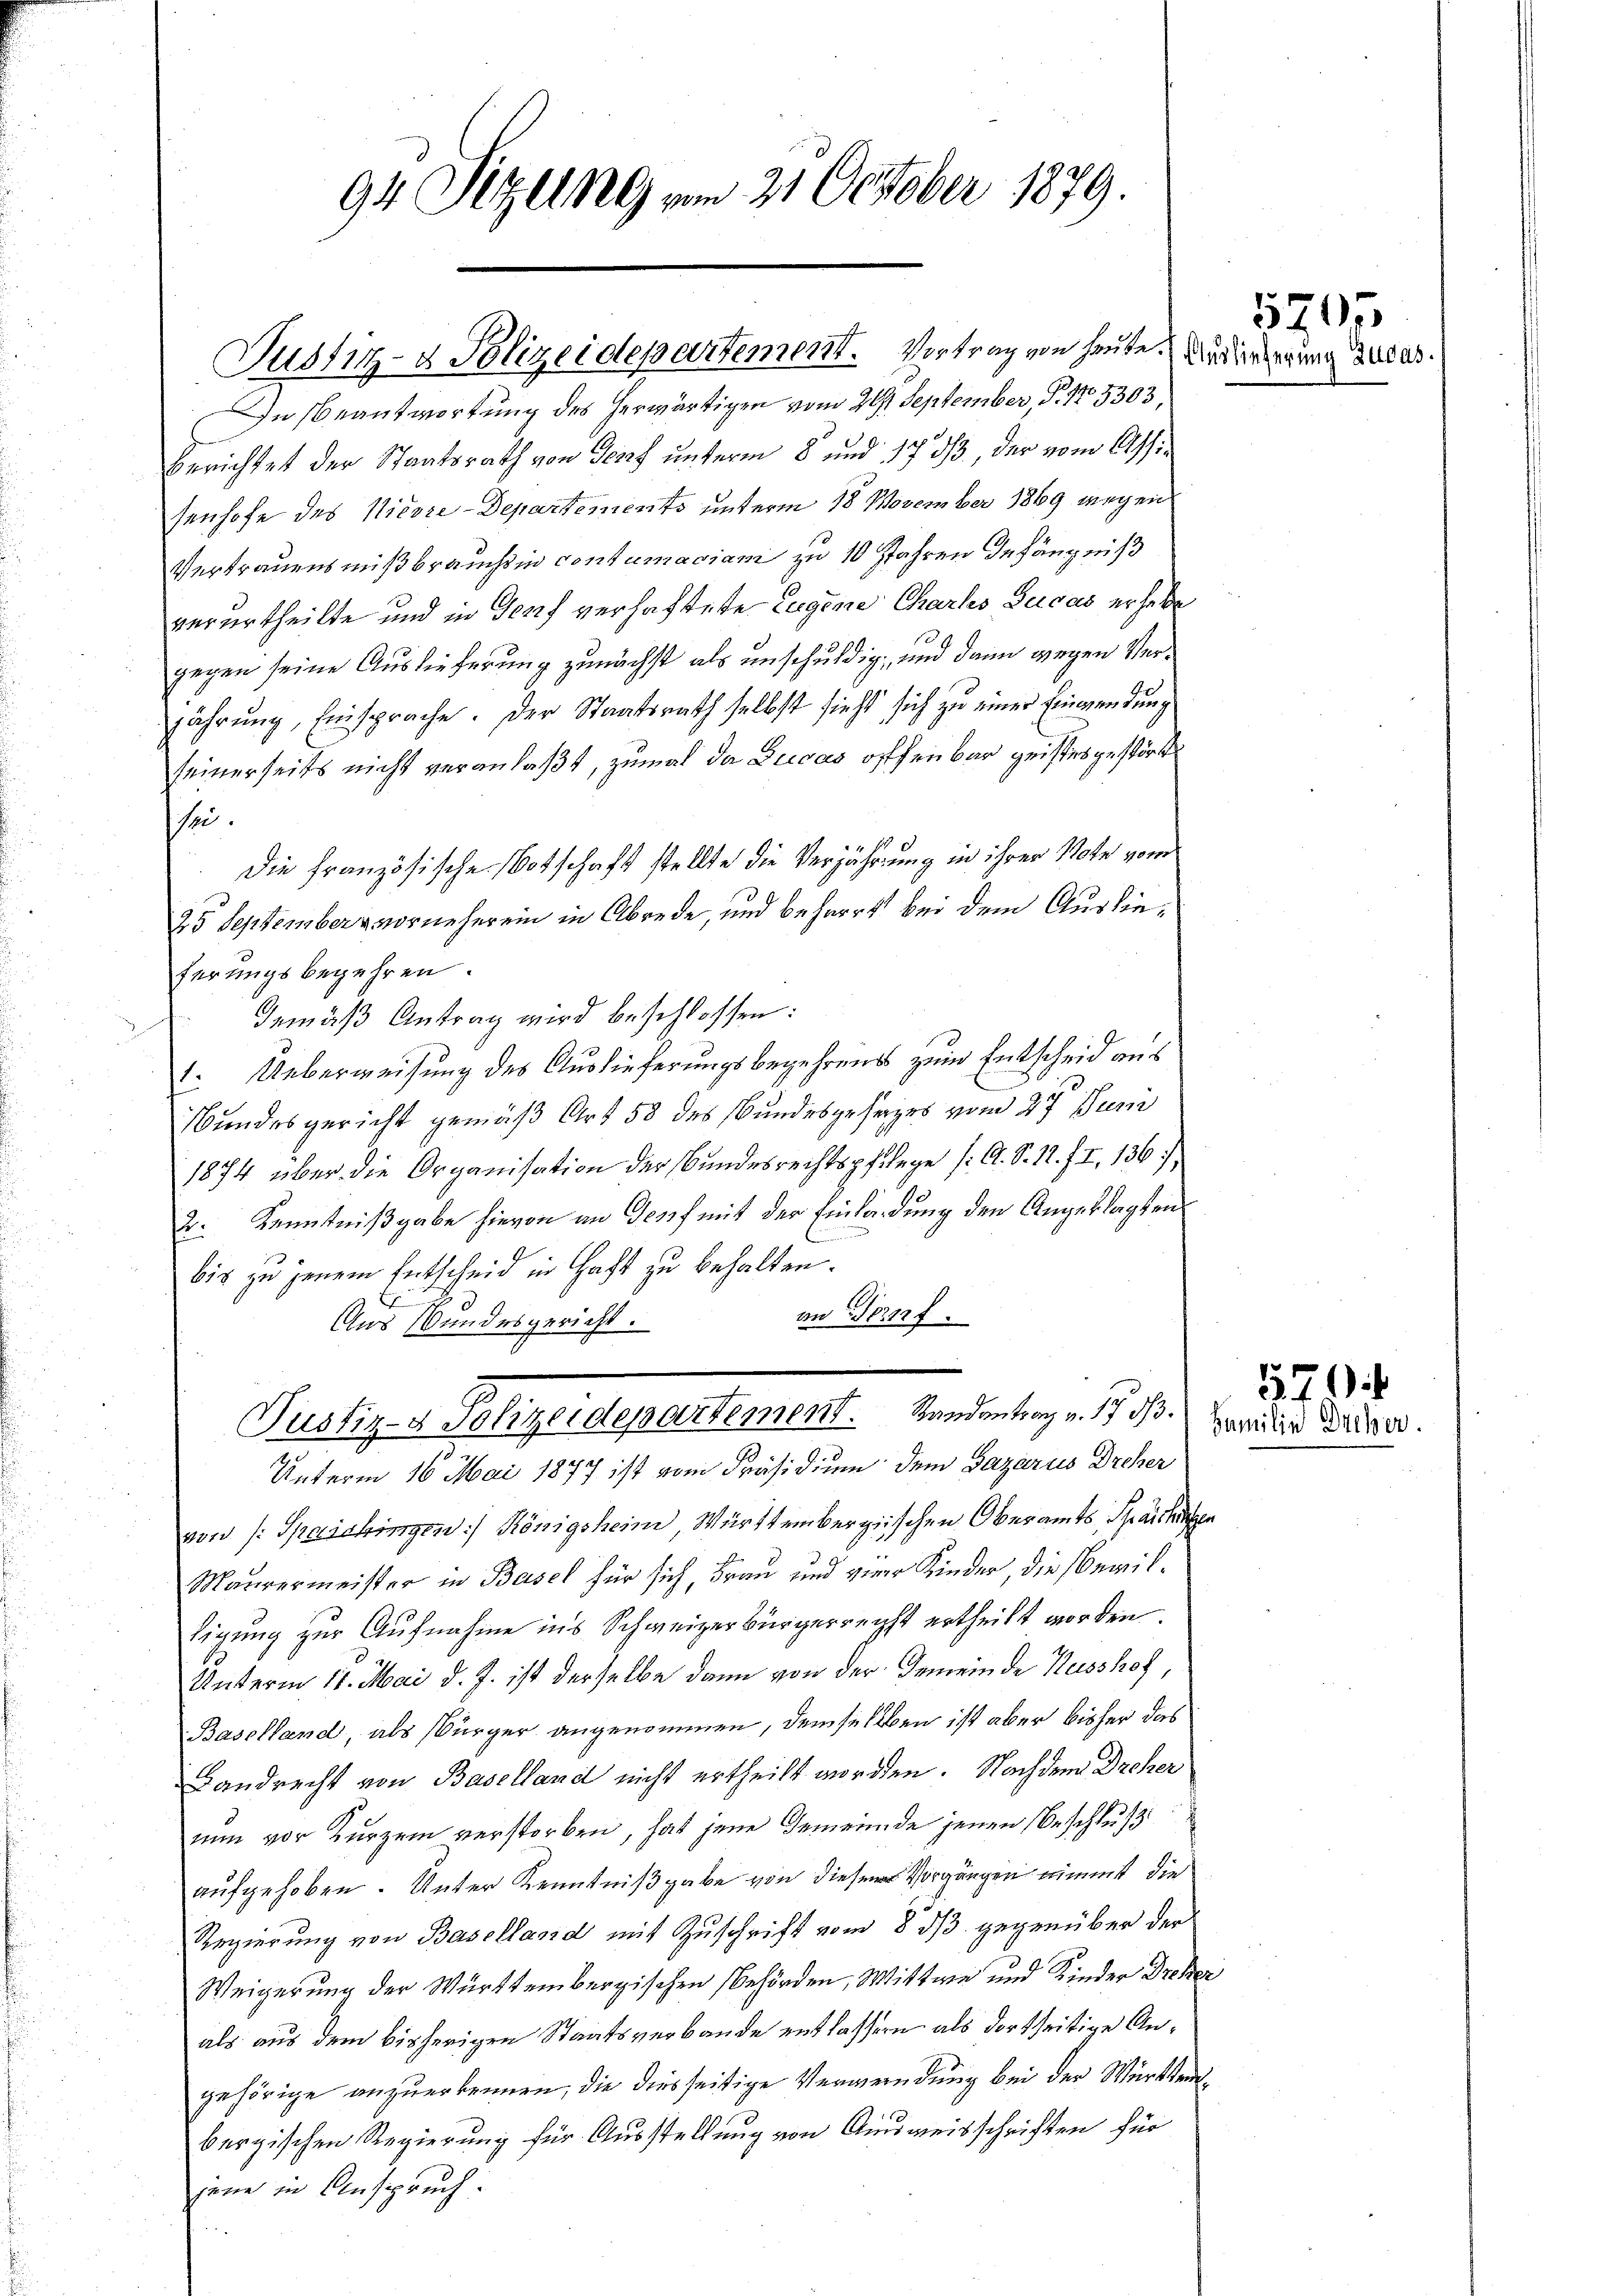
94 Sitzung vom 21. October 1879.

Justiz- & Polizeidepartement. Vortrag von heute. Die die eine

Justiz- & Polizeidepartement. Randantrag v. 17 d. Familie Driser.

In Beantwortung des herwärtigen vom 29. September, P. 175303,
berichtet der Staatsrath von Genf unterm 8. und 17 3/3, der vom Assi
senhofe des Nicore-Departements unterm 18. November 1869 wegen
Vertrauensmißbrauch in contumaciam zu 10 Jahren Gefängniß
verurtheilte und in Genf verhaftete Eugene Chartes Zucas erhebe
gegen seine Auslieferung zunächst als unschuldig, und dann wegen Verjährung, Einsprache. Der Staatsrath selbst sieht sich zu einer Einwendung
seinerseits nicht veranlaßt, zumal da Ducas offenbar geistes gestört
sei¬
Die Französische Botschaft stellte die Verjährung in ihrer Note vom
25 Septemberg vorneher ein in Abrede, und beharrt bei dem Auslieferungsbegehren.
Gemäß Antrag wird beschlossen:
1. Ueberweisung des Auslieferungsbegehrens zum Entscheid aus
Bundesgericht gemäß Art 58 des Bundesgesezes vom 27. Juni
1874 über die Organisation der Bundesrechtspflege /: A. S. 12. II, 136)
2. Kenntnißgabe hievon an Gepf mit der Einladung den Angeklagten
bis zu jenem Entscheid in Haft zu behalten.
an Bern
Aus Bundesgericht.

Unterm 16. Mai 1877 ist vom Präsidium dem Bazarus Dreher
von (: Spaschingen) Königsheim Württembergischen Oberamts Sparchen
Maurermeister in Basel für sich, Frau und verer Kinder, die bewiltigung zur Aufnahme ins Schweizerbürgerrecht ertheilt worden.
Unterm 11. Mai d. J. ist derselbe dann von der Gemeinde Kusshof,
Baselland, als Bürger angenommen, demselben ist aber bisher das
Landrecht von Baselland nicht ertheilt worden. Nachdem Dreher
nun vor Kurzem verstorben, hat jene Gemeinde jenen Beschluß
aufgehoben. Unter Kenntnißgabe von diesem Vorgängen nimmt die
Regierung von Baselland mit Zuschrift vom 8. ds. gegenüber der
Weigerung der Württembergischen Behörden, Mittwe und Kinder Dreher
als aus dem bisherigen Staatsverbande entlassern als dortseitige Angehörige anzuerkennen, die diesseitige Verwendung bei der Württembergischen Regierung für Ausstellung von Ausweisschriften für
jene in Anspruch.

5705

570.

Zudas.